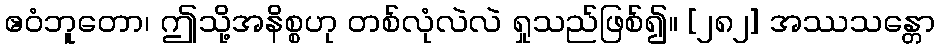
ဧဝံဘူတော၊ ဤသို့အနိစ္စဟု တစ်လုံလဲလဲ ရှုသည်ဖြစ်၍။ [၂၈၂] အဿသန္တော